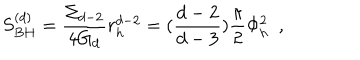
LaTeX: S _ { B H } ^ { ( d ) } = { \frac { \Sigma _ { d - 2 } } { 4 G _ { d } } } r _ { h } ^ { d - 2 } = ( { \frac { d - 2 } { d - 3 } } ) { \frac { \pi } { 2 } } \Phi _ { h } ^ { 2 } ~ ~ ,